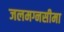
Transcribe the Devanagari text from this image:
जलमग्नसीमा